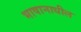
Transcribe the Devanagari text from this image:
भाषानाधील